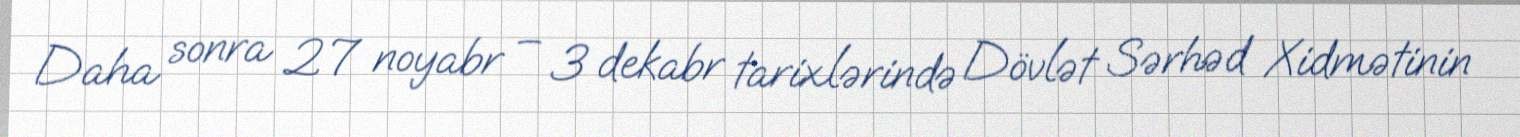
Daha sonra 27 noyabr – 3 dekabr tarixlərində Dövlət Sərhəd Xidmətinin